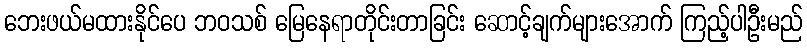
ဘေးဖယ်မထားနိုင်ပေ ဘဝသစ် မြေနေရာတိုင်းတာခြင်း ဆောင့်ချက်များအောက် ကြည့်ပါဦးမည်